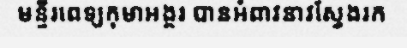
មន្ទីរពេទ្យកុមាអង្គរ បានអំពាវនាវស្វែងរក